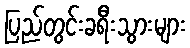
ပြည်တွင်းခရီးသွားများ